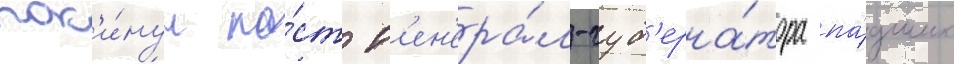
пок'и́нул по́ст г'ен'ера́л-губ'ерна́тора па́дших